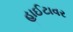
હાઈટાવર